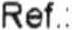
REF. :